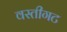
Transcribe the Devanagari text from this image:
वस्तीगट